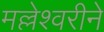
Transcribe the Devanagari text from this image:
मल्लेश्वरीने